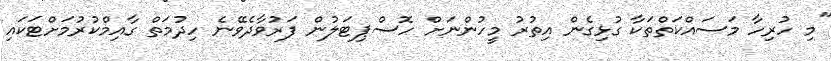
"މި ހުރިހާ މަސައްކަތްތަކާ ގުޅިގެން އިތުރު މީހުންނަށް ހޮސްޕިޓަލުން ފަރުވާދެވޭނެ ހިދުމަތް ގާއިމްކުރުމަށްޓަކައި